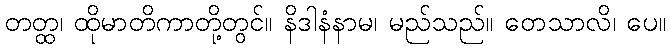
တတ္ထ၊ ထိုမာတိကာတို့တွင်။ နိဒါနံနာမ၊ မည်သည်။ ဝောသာလိ၊ ပေ။